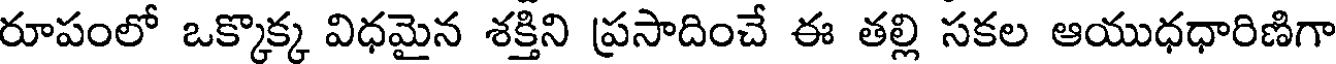
రూపంలో ఒక్కొక్క విధమైన శక్తిని ప్రసాదించే ఈ తల్లి సకల ఆయుధధారిణిగా